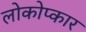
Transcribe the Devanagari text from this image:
लोकोप्कार